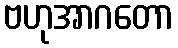
ဗဟုအာဂတော